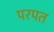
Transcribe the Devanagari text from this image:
परपत